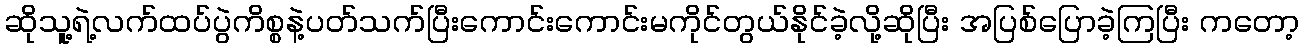
ဆိုသူ့ရဲ့လက်ထပ်ပွဲကိစ္စနဲ့ပတ်သက်ပြီးကောင်းကောင်းမကိုင်တွယ်နိုင်ခဲ့လို့ဆိုပြီး အပြစ်ပြောခဲ့ကြပြီး ကတော့